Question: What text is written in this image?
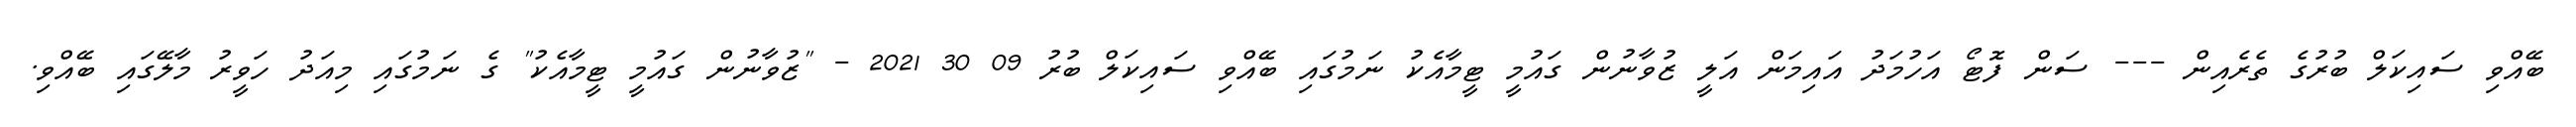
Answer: ބޭއްވި ސައިކަލް ބުރުގެ ތެރެއިން --- ސަން ފޮޓޯ އަހުމަދު އައިމަން އަލީ ޒުވާނުން ގައުމީ ޓީމާއެކު ނަމުގައި ބޭއްވި ސައިކަލް ބުރު 09 30 2021 - "ޒުވާނުން ގައުމީ ޓީމާއެކު" ގެ ނަމުގައި މިއަދު ހަވީރު މާލޭގައި ބޭއްވި.